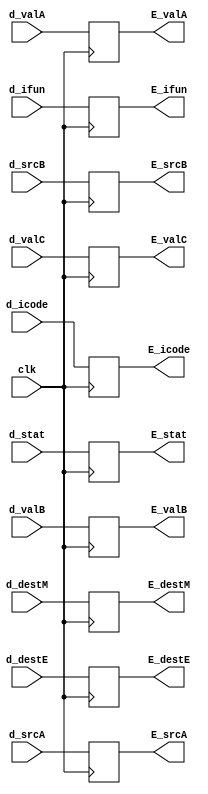
module execute_reg(
    input clk,
    input [2:0] d_stat,
    input [3:0] d_icode,
    input [3:0] d_ifun,
    input [63:0] d_valC,
    input [63:0] d_valA,
    input [63:0] d_valB,
    input [3:0] d_destE,
    input [3:0] d_destM,
    input [3:0] d_srcA,
    input [3:0] d_srcB,

    output reg [2:0] E_stat,
    output reg [3:0] E_icode,
    output reg [3:0] E_ifun,
    output reg [63:0] E_valC,
    output reg [63:0] E_valA,
    output reg [63:0] E_valB,
    output reg [3:0] E_destE,
    output reg [3:0] E_destM,
    output reg [3:0] E_srcA,  //use?
    output reg [3:0] E_srcB   //use?
);

always @(posedge clk)
begin
    E_stat = d_stat; //might be <= instead of =
    E_icode = d_icode;
    E_ifun = d_ifun;
    E_valC = d_valC;
    E_valA = d_valA;
    E_valB = d_valB;
    E_destE = d_destE;
    E_destM = d_destM;
    E_srcA = d_srcA;
    E_srcB = d_srcB;
end
endmodule